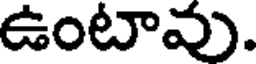
ఉంటావు.